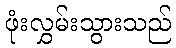
ဖုံးလွှမ်းသွားသည်